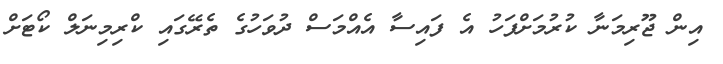
އިން ޖޫރިމަނާ ކުރުމަށްފަހު އެ ފައިސާ އެއްމަސް ދުވަހުގެ ތެރޭގައި ކްރިމިނަލް ކޯޓަށް